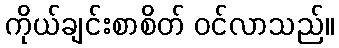
ကိုယ်ချင်းစာစိတ် ဝင်လာသည်။